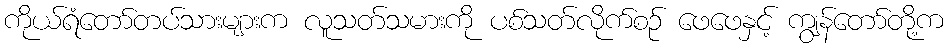
ကိုယ်ရံတော်တပ်သားများက လူသတ်သမားကို ပစ်သတ်လိုက်စဉ် ဖေဖေနှင့် ကျွန်တော်တို့က